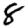
Digit: 8